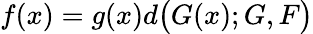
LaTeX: \begin{array}{r}{f(x)=g(x)d\bigl(G(x);G,F\bigl)}\end{array}